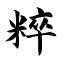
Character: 粹